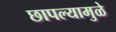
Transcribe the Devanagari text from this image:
छापल्यामुळे